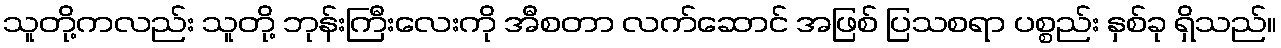
သူတို့ကလည်း သူတို့ ဘုန်းကြီးလေးကို အီစတာ လက်ဆောင် အဖြစ် ပြသစရာ ပစ္စည်း နှစ်ခု ရှိသည်။